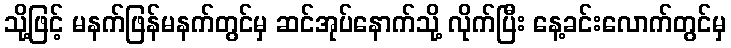
သို့ဖြင့် မနက်ဖြန်မနက်တွင်မှ ဆင်အုပ်နောက်သို့ လိုက်ပြီး နေ့ခင်းလောက်တွင်မှ